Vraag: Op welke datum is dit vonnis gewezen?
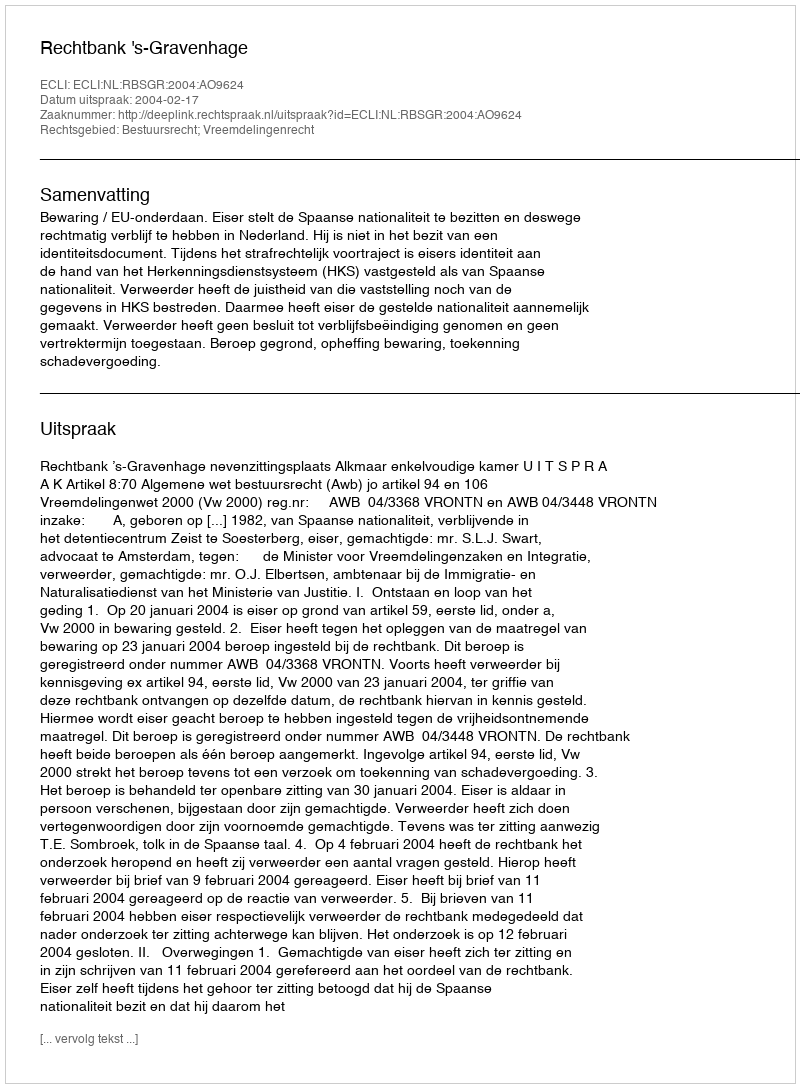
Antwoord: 2004-02-17